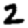
Digit: 2